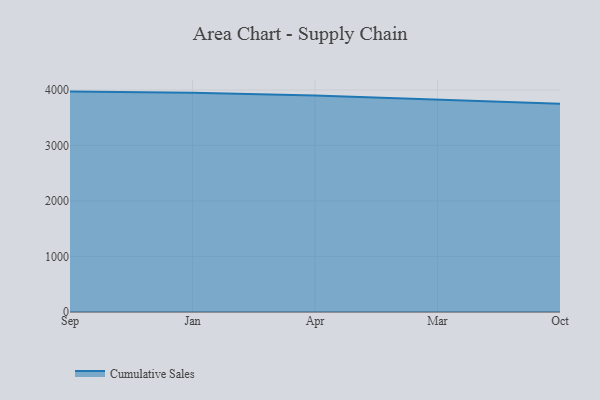
{"axis": {"x": "Month", "y": "Churn Rate (%)"}, "legend": ["Cumulative Sales"], "data": [{"x": "Sep", "y": 3970.6, "type": "Cumulative Sales"}, {"x": "Jan", "y": 3947.9, "type": "Cumulative Sales"}, {"x": "Apr", "y": 3899.2, "type": "Cumulative Sales"}, {"x": "Mar", "y": 3829.6, "type": "Cumulative Sales"}, {"x": "Oct", "y": 3752.8, "type": "Cumulative Sales"}]}